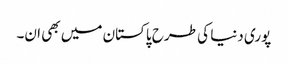
پوری دنیا کی طرح پاکستان میں بھی ان۔